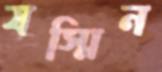
যস্মিন